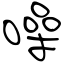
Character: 噪